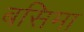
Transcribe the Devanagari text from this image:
बसिमा